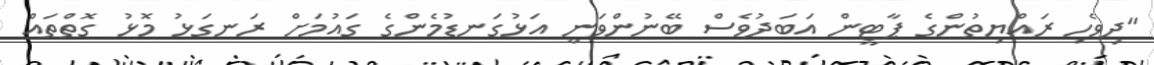
"ދިވެހި ރައްޔިތުންގެ ޕާޓީން އަބަދުވެސް ބޭނުންވަނީ އަޅުގަނޑުމެންގެ ގައުމަށް ރަނގަޅު މޮޅު ގޮތްތައް